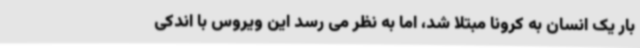
بار یک انسان به کرونا مبتلا شد، اما به نظر می رسد این ویروس با اندکی